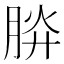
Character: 𣍹